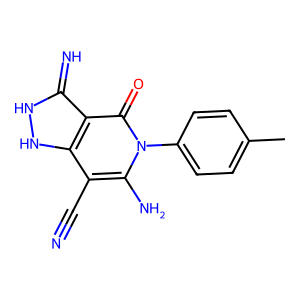
SMILES: Cc1ccc(-n2c(N)c(C#N)c3[nH][nH]c(=N)c3c2=O)cc1
Inhibits HIV replication: No